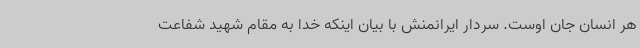
هر انسان جان اوست. سردار ایرانمنش با بیان اینکه خدا به مقام شهید شفاعت